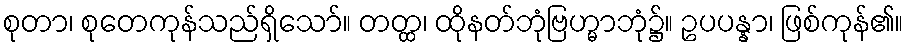
စုတာ၊ စုတေကုန်သည်ရှိသော်။ တတ္ထ၊ ထိုနတ်ဘုံဗြဟ္မာဘုံ၌။ ဥပပန္နာ၊ ဖြစ်ကုန်၏။